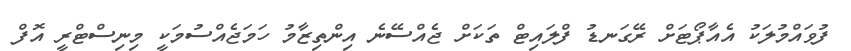
ފުވައްމުލަކު އެއާޕޯޓަށް ރޭގަނޑު ފްލައިޓް ތަކަށް ޖެއްސޭނެ އިންތިޒާމު ހަމަޖެއްސުމަކީ މިނިސްޓްރީ އޮފް